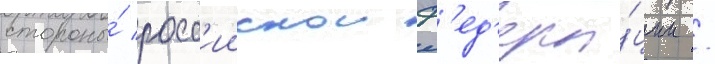
стороны́ росс'иискои ф'ед'ера́ции /